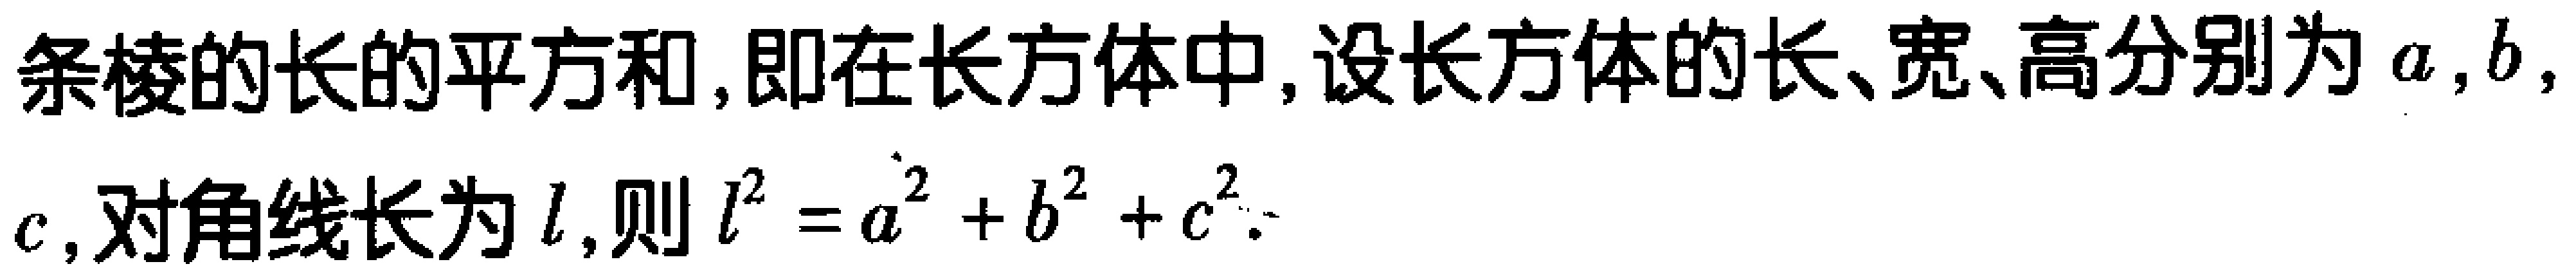
条棱的长的平方和,即在长方体中,设长方体的长、宽、高分别为\(a,b\),
\(c\),对角线长为\(l\),则\(l^{2}=a^{2}+b^{2}+c^{2}\).